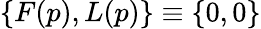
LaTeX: \{ F(p),L(p)\} \equiv\{ 0,0\}